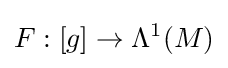
F:[g]\rightarrow \Lambda ^{1}(M)